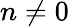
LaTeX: n\not=0